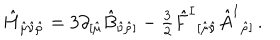
LaTeX: \hat { H } _ { \hat { \mu } \hat { \nu } \hat { \rho } } = 3 \partial _ { [ \hat { \mu } } \hat { B } _ { \hat { \nu } \hat { \rho } ] } - { \textstyle \frac { 3 } { 2 } } \hat { F } ^ { I } { } _ { [ \hat { \mu } \hat { \nu } } \hat { A } ^ { I } { } _ { \hat { \rho } ] } \, .